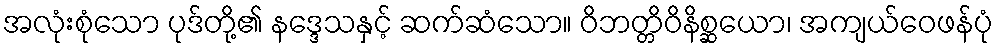
အလုံးစုံသော ပုဒ်တို့၏ နဒ္ဒေသနှင့် ဆက်ဆံသော။ ဝိဘတ္တိဝိနိစ္ဆယော၊ အကျယ်ဝေဖန်ပုံ